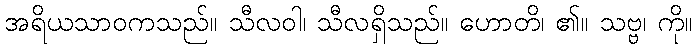
အရိယသာဝကသည်။ သီလဝါ၊ သီလရှိသည်။ ဟောတိ၊ ၏။ သဗ္ဗ၊ ကို။